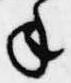
年